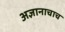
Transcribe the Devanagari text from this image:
अज्ञानाचाच